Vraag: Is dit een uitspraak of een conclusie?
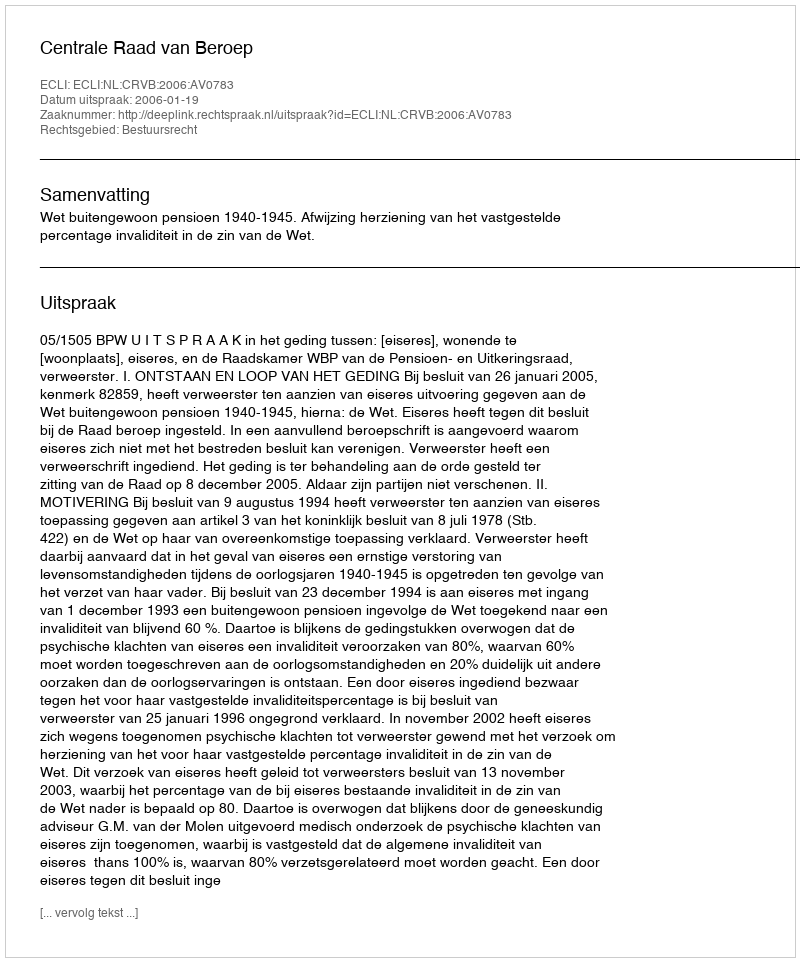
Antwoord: Uitspraak